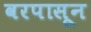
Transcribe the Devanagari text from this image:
वरपासून